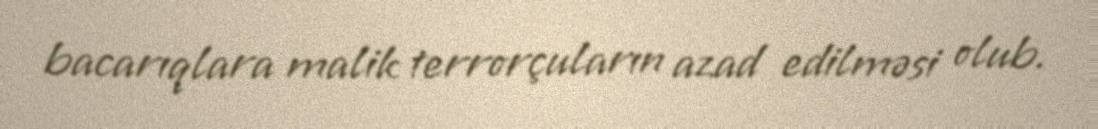
bacarıqlara malik terrorçuların azad edilməsi olub.